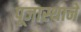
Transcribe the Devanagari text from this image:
पूजास्थानें